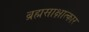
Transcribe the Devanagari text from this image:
ब्रह्मसाक्षात्कार